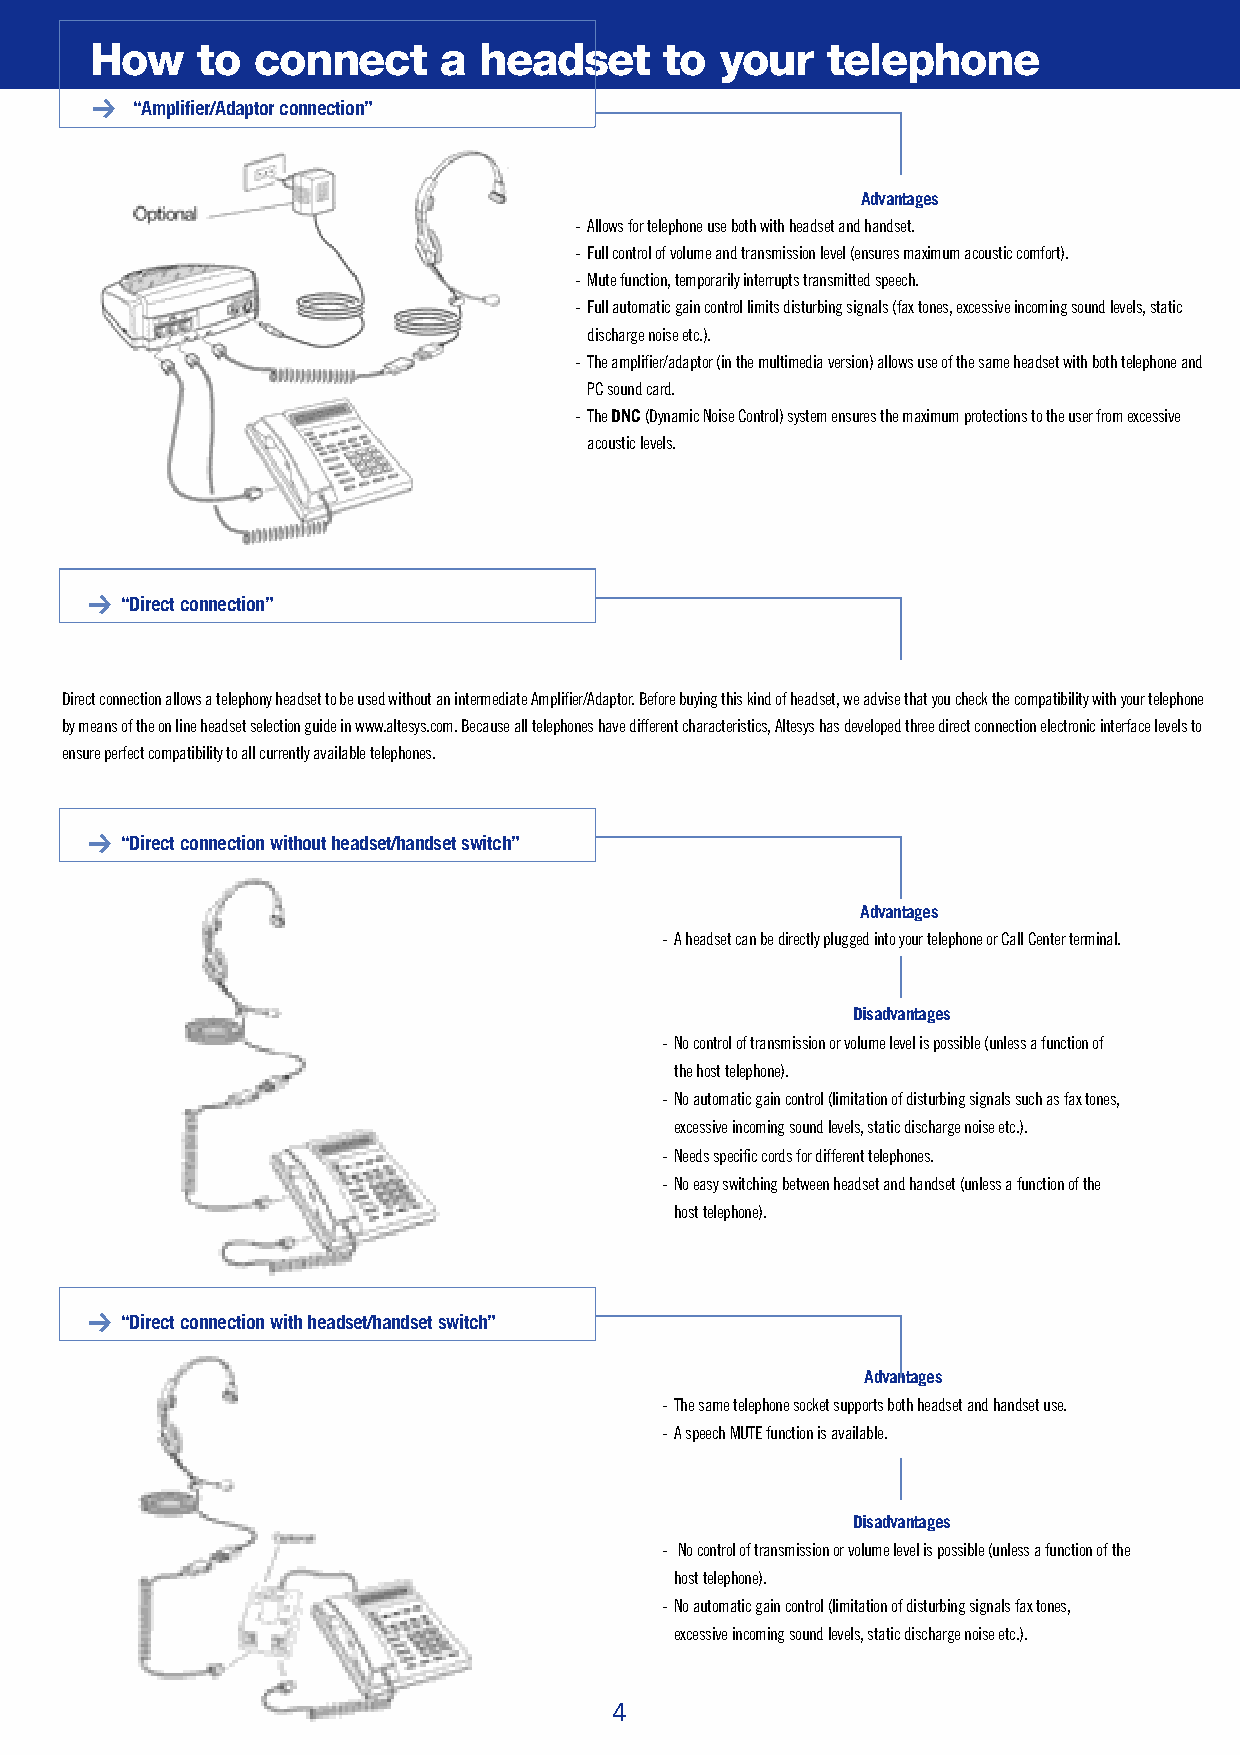
How    to  connect     a  headset     to  your   telephone
 “Amplifier/Adaptor connection”
 A d v a n t a g e s
 - Allows for telephone use both with headset and handset.
 - Full control of volume and transmission level (ensures maximum acoustic comfort).
 - Mute function, temporarily interrupts transmitted speech.
 - Full automatic gain control limits disturbing signals (fax tones, excessive incoming sound levels, static
 discharge noise etc.).
 - The amplifier/adaptor (in the multimedia version) allows use of the same headset with both telephone and
 PC sound card.
 -The DNC (Dynamic Noise Control) system ensures the maximum protections to the user from excessive
 acoustic levels.
 “Direct connection”
 Direct connection allows a telephony headset to be used without an intermediate Amplifier/Adaptor. Before buying this kind of headset, we advise that you check the compatibility with your telephone
 by means of the on line headset selection guide in www.altesys.com. Because all telephones have different characteristics, Altesys has developed three direct connection electronic interface levels to
 ensure perfect compatibility to all currently available telephones.
 “Direct connection without headset/handset switch”
 A d v a n t a g e s
 - A headset can be directly plugged into your telephone or Call Center terminal.
 D i s a d v a n t a g e s
 - No control of transmission or volume level is possible (unless a function of
 the host telephone).
 - No automatic gain control (limitation of disturbing signals such as fax tones,
 excessive incoming sound levels, static discharge noise etc.).
 - Needs specific cords for different telephones.
 - No easy switching between headset and handset (unless a function of the
 host telephone).
 “Direct connection with headset/handset switch”
 A d v a n t a g e s
 - The same telephone socket supports both headset and handset use.
 - A speech MUTE function is available.
 D i s a d v a n t a g e s
 - No control of transmission or volume level is possible (unless a function of the
 host telephone).
 - No automatic gain control (limitation of disturbing signals fax tones,
 excessive incoming sound levels, static discharge noise etc.).
 4